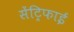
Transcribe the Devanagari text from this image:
सेंट्रिफाई